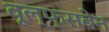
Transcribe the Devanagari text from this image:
वूल्फ्सबेन